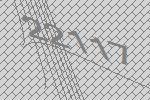
22117